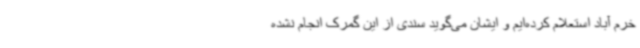
خرم آباد استعلام کرده‌ایم و ایشان می‌گوید سندی از این گمرک انجام نشده